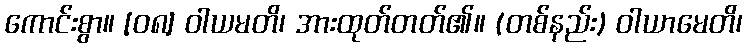
ကောင်းစွာ။ [၀၈] ဝါယမတိ၊ အားထုတ်တတ်၏။ (တစ်နည်း) ဝါယာမေတိ၊